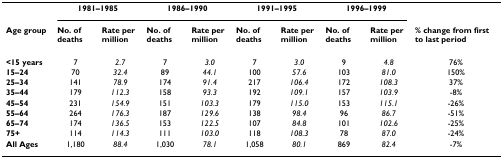
<table><thead><tr><td></td><td colspan="2"><b>1981–1985</b></td><td colspan="2"><b>1986–1990</b></td><td colspan="2"><b>1991–1995</b></td><td colspan="2"><b>1996–1999</b></td><td></td></tr><tr><td><b>Age group</b></td><td><b>No. of deaths</b></td><td><b>Rate per million</b></td><td><b>No. of deaths</b></td><td><b>Rate per million</b></td><td><b>No. of deaths</b></td><td><b>Rate per million</b></td><td><b>No. of deaths</b></td><td><b>Rate per million</b></td><td><b>% change from first to last period</b></td></tr></thead><tbody><tr><td><b>&lt;15 years</b></td><td>7</td><td><i>2.7</i></td><td>7</td><td><i>3.0</i></td><td>7</td><td><i>3.0</i></td><td>9</td><td><i>4.8</i></td><td>76%</td></tr><tr><td><b>15–24</b></td><td>70</td><td><i>32.4</i></td><td>89</td><td><i>44.1</i></td><td>100</td><td><i>57.6</i></td><td>103</td><td><i>81.0</i></td><td>150%</td></tr><tr><td><b>25–34</b></td><td>141</td><td><i>78.9</i></td><td>174</td><td><i>91.4</i></td><td>217</td><td><i>106.4</i></td><td>172</td><td><i>108.3</i></td><td>37%</td></tr><tr><td><b>35–44</b></td><td>179</td><td><i>112.3</i></td><td>158</td><td><i>93.3</i></td><td>192</td><td><i>109.1</i></td><td>157</td><td><i>103.9</i></td><td>-8%</td></tr><tr><td><b>45–54</b></td><td>231</td><td><i>154.9</i></td><td>151</td><td><i>103.3</i></td><td>179</td><td><i>115.0</i></td><td>153</td><td><i>115.1</i></td><td>-26%</td></tr><tr><td><b>55–64</b></td><td>264</td><td><i>176.3</i></td><td>187</td><td><i>129.6</i></td><td>138</td><td><i>98.4</i></td><td>96</td><td><i>86.7</i></td><td>-51%</td></tr><tr><td><b>65–74</b></td><td>174</td><td><i>136.5</i></td><td>153</td><td><i>122.5</i></td><td>107</td><td><i>84.8</i></td><td>101</td><td><i>102.6</i></td><td>-25%</td></tr><tr><td><b>75+</b></td><td>114</td><td><i>114.3</i></td><td>111</td><td><i>103.0</i></td><td>118</td><td><i>108.3</i></td><td>78</td><td><i>87.0</i></td><td>-24%</td></tr><tr><td><b>All Ages</b></td><td>1,180</td><td><i>88.4</i></td><td>1,030</td><td><i>78.1</i></td><td>1,058</td><td><i>80.1</i></td><td>869</td><td><i>82.4</i></td><td>-7%</td></tr></tbody></table>